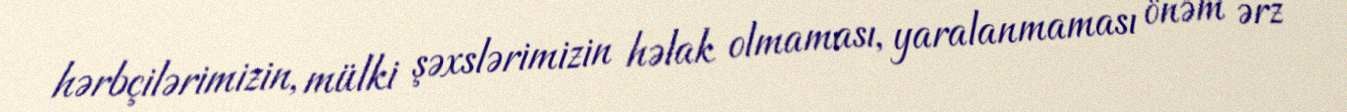
hərbçilərimizin, mülki şəxslərimizin həlak olmaması, yaralanmaması önəm ərz